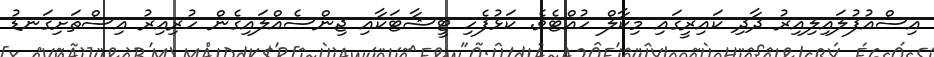
އިސްއުފުލައިލިއިރު ދާދި ކައިރީގައި މިކާލް ހުއްޓެވެ. ކަޅުފެހި ޓީޝާޓަކާއި ޖިންސެއްލައިގެން ހުރިއިރު އިސްތަށިގަނޑު